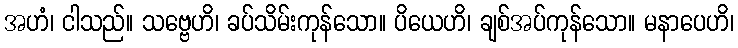
အဟံ၊ ငါသည်။ သဗ္ဗေဟိ၊ ခပ်သိမ်းကုန်သော။ ပိယေဟိ၊ ချစ်အပ်ကုန်သော။ မနာပေဟိ၊